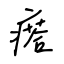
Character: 瘩